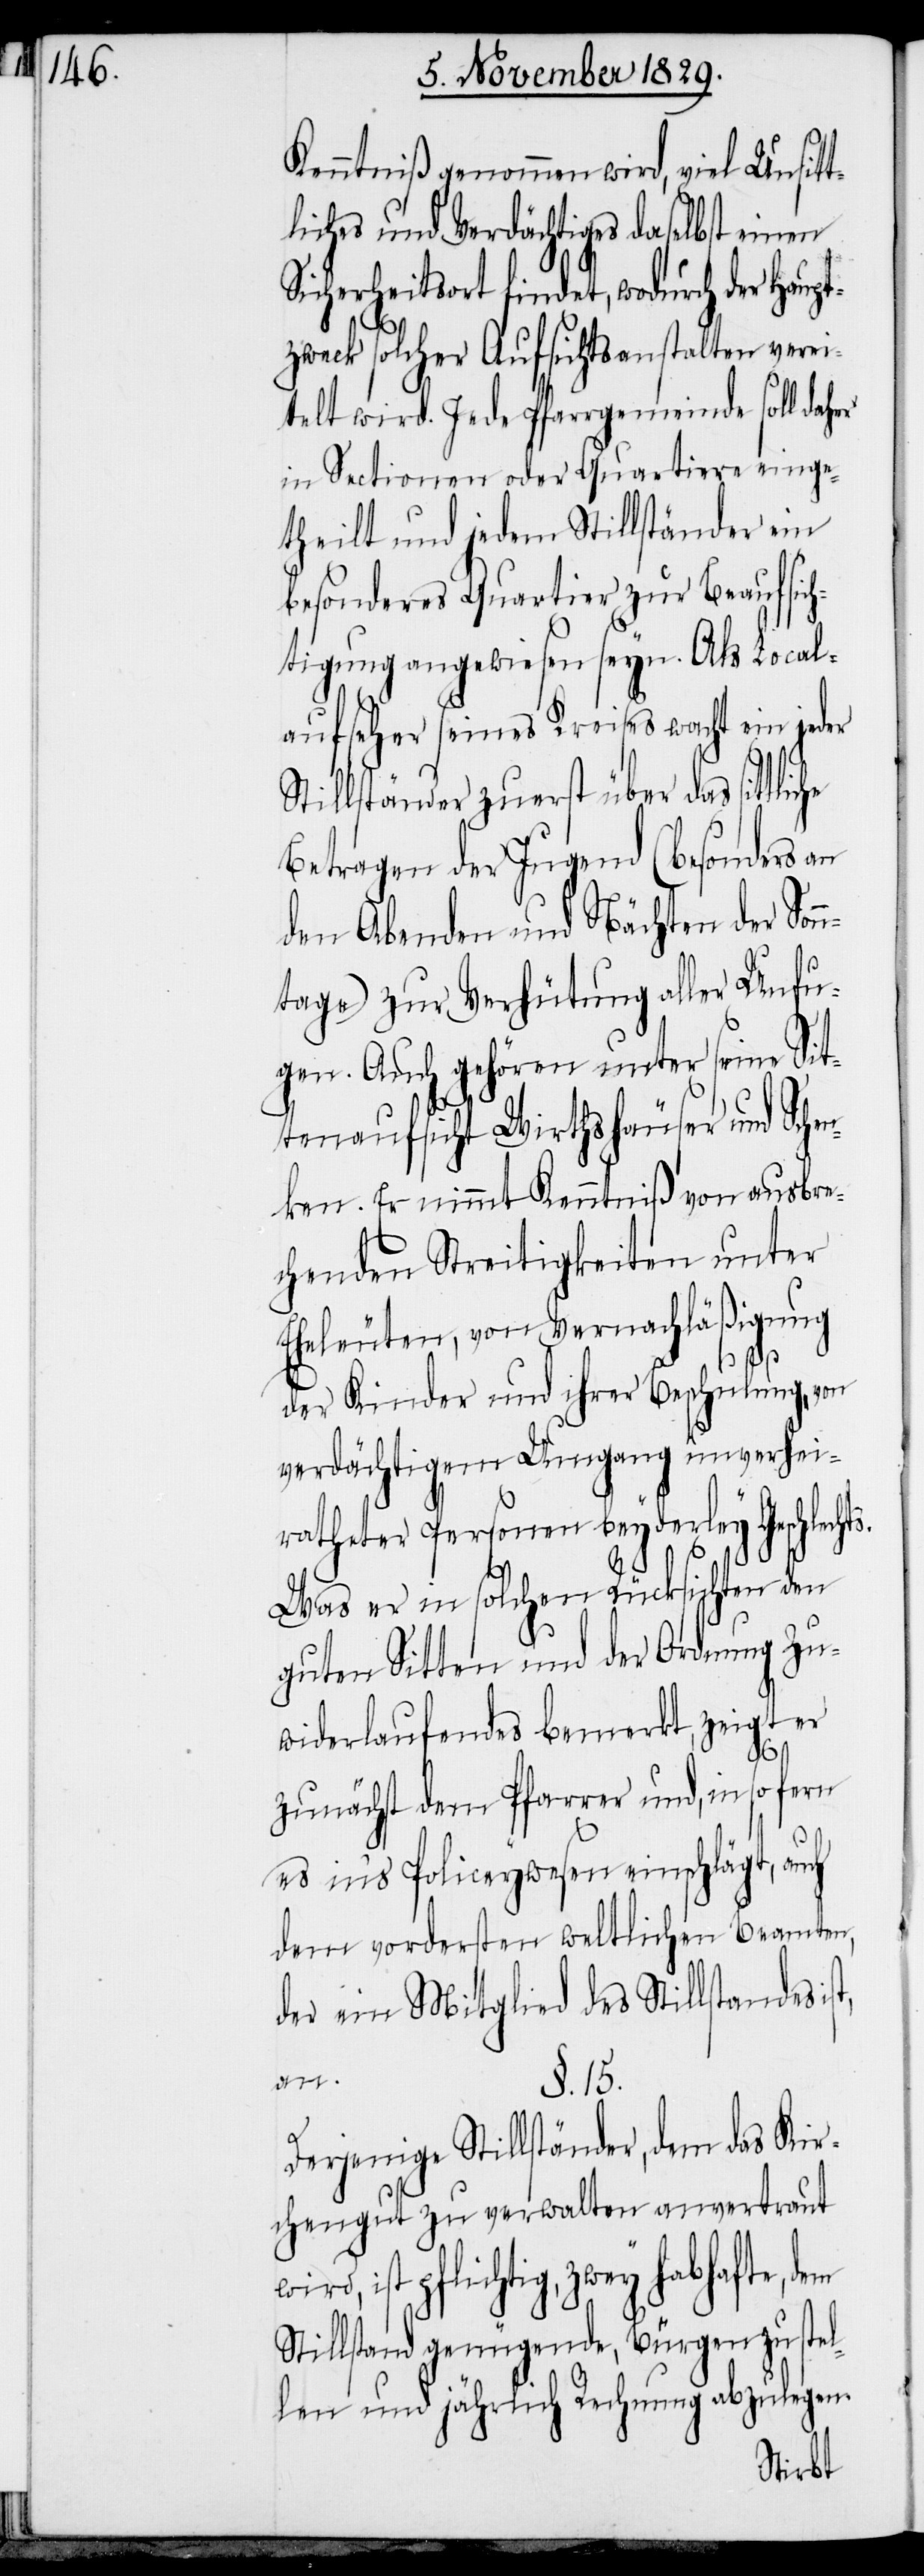
Kenntniß genommen wird, viel Unsitt¬
liches und Verdächtiges daselbst einen
Sicherheitsort findet, wordurch der Haut¬
pzweck solcher Aufsichtsanstalten verei¬
telt wird. Jede Pfarrgemeinde soll daher
in Sectionen oder Quartiere einge¬
theilt und jedem Stillständer ein
besonderes Quartier zur Beaufsich¬
tigung angewiesen seyn. Als Local¬
aufseher seines Kreises wacht ein jeder
Stillständer zuerst über das sit¬
Betragen der Jugend (besonders an
den Abenden und Nächten der Son¬
ntage) zur Verhütung aller Unfu¬
gen. Auch gehören unter seine Sit¬
tenaufsicht Wirthshäuser und Sche¬
nken. Er nimmt Kenntniß von ausbre¬
chenden Streitigkeiten unter
Eheleuten, von Vernachläßigung
der Kinder und ihrer Beschulung, von
verdächtigem Umgang unverhei¬
ratheter Personen beyderley Geschlechts.
Was er in solchen Rücksichten den
guten Sitten und der Ordnung zu¬
widerlaufendes bemerkt, zweigt er
zunächst dem Pfarrer und, in so fern
es ins Policeywesen einschlägt, auch
dem vordersten weltlichen Beamten,
der ein Mitglied des Stillstandes
an.
§. 15.
Derjenige Stillständer, dem das Kir¬
chengut zu verwalten anvertraut
ist pflichtig, zwey habhafte, dem
Stillstand genügende, Bürgen zu stel¬
len und jährlich Rechnung abzulegen.
tliche